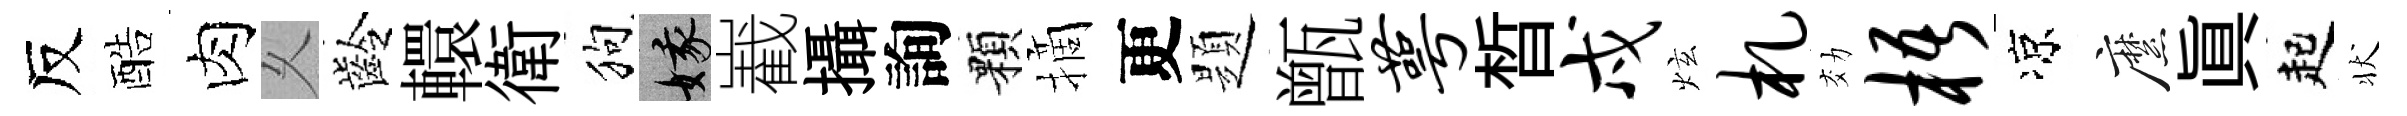
反酷肉乆齡轘衛狗娥嶻攝詢顆摘更題甑萼晳戍炫札効梧凉縻真起状